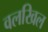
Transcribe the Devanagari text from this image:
वलखिल